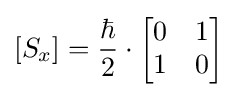
[S_{x}]={\frac {\hbar }{2}}\cdot {\begin{bmatrix}0&1\\1&0\end{bmatrix}}